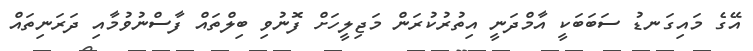
އޭގެ މައިގަނޑު ސަބަބަކީ އާމްދަނީ އިތުރުކުރަން މަޖިލީހަށް ފޮނުވި ބިލްތައް ފާސްނުވުމާއި ދަރަނިތައް